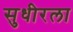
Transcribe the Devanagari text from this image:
सुधीरला